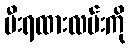
မီးရထားလမ်းကို